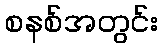
စနစ်အတွင်း